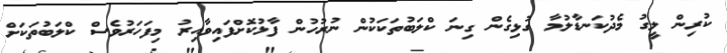
ކުރިން ލީގު މެދުކަނޑާލުމާ ގުޅިގެން ގިނަ ކްލަބުތަކަކުން ނުރުހުން ފާޅުކޮށްފައިވާއިރު މިފަހަރުވެސް ކްލަބުތަކަށް